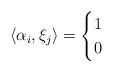
LaTeX: \begin{align*} \langle \alpha_i, \xi_j\rangle= \begin{cases} 1& \\ 0& \end{cases} \end{align*}